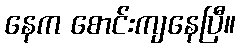
နေက စောင်းကျနေပြီ။